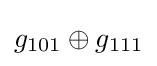
g_{101}\oplus g_{111}